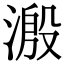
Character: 溵